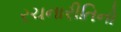
રચનારીતિનો